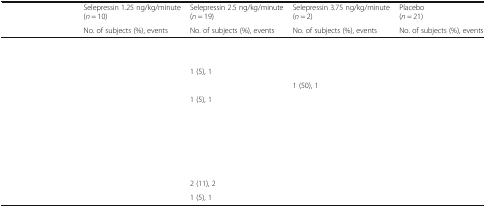
<table><thead><tr><td rowspan="2">[EMPTY_CELL]</td><td><b>Selepressin 1.25 ng/kg/minute (<i>n</i> = 10)</b></td><td><b>Selepressin 2.5 ng/kg/minute (<i>n</i> = 19)</b></td><td><b>Selepressin 3.75 ng/kg/minute (<i>n</i> = 2)</b></td><td><b>Placebo (<i>n</i> = 21)</b></td></tr><tr><td><b>No. of subjects (%), events</b></td><td><b>No. of subjects (%), events</b></td><td><b>No. of subjects (%), events</b></td><td><b>No. of subjects (%), events</b></td></tr></thead><tbody><tr><td colspan="5">[EMPTY_CELL]</td></tr><tr><td>[EMPTY_CELL]</td><td>[EMPTY_CELL]</td><td>[EMPTY_CELL]</td><td>[EMPTY_CELL]</td><td>[EMPTY_CELL]</td></tr><tr><td>[EMPTY_CELL]</td><td>[EMPTY_CELL]</td><td>1 (5), 1</td><td>[EMPTY_CELL]</td><td>[EMPTY_CELL]</td></tr><tr><td>[EMPTY_CELL]</td><td>[EMPTY_CELL]</td><td>[EMPTY_CELL]</td><td>1 (50), 1</td><td>[EMPTY_CELL]</td></tr><tr><td>[EMPTY_CELL]</td><td>[EMPTY_CELL]</td><td>1 (5), 1</td><td>[EMPTY_CELL]</td><td>[EMPTY_CELL]</td></tr><tr><td colspan="5">[EMPTY_CELL]</td></tr><tr><td>[EMPTY_CELL]</td><td>[EMPTY_CELL]</td><td>[EMPTY_CELL]</td><td>[EMPTY_CELL]</td><td>[EMPTY_CELL]</td></tr><tr><td colspan="5">[EMPTY_CELL]</td></tr><tr><td>[EMPTY_CELL]</td><td>[EMPTY_CELL]</td><td>[EMPTY_CELL]</td><td>[EMPTY_CELL]</td><td>[EMPTY_CELL]</td></tr><tr><td colspan="5">[EMPTY_CELL]</td></tr><tr><td>[EMPTY_CELL]</td><td>[EMPTY_CELL]</td><td>2 (11), 2</td><td>[EMPTY_CELL]</td><td>[EMPTY_CELL]</td></tr><tr><td>[EMPTY_CELL]</td><td>[EMPTY_CELL]</td><td>1 (5), 1</td><td>[EMPTY_CELL]</td><td>[EMPTY_CELL]</td></tr></tbody></table>